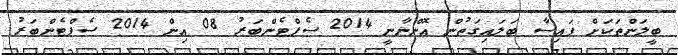
ބީލަންތަކަށް ފައިސާ ބަލައިގަތުން އޮންނާނީ 2014 ސެޕްޓެންބަރު 08 އިން 2014 ސެޕްޓެންބަރު